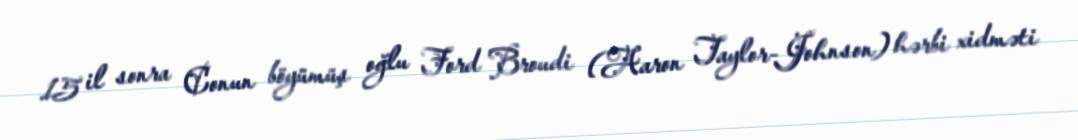
15 il sonra Conun böyümüş oğlu Ford Broudi (Aaron Taylor-Johnson) hərbi xidməti